Report of the Indian Hemp Drugs Commission, 1894-1895 - Volume IV
Year: 1894
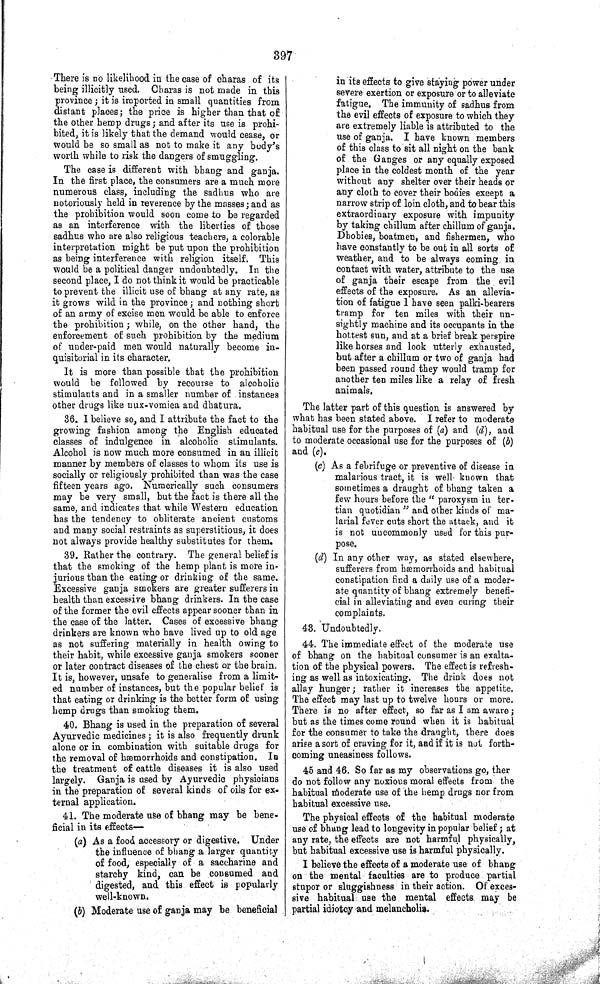
397
There is no likelihood in the case of charas of its
being illicitly used. Charas is not made in this
province; it is imported in small quantities from
distant places; the price is higher than that of
the other hemp drugs; and after its use is prohi-
bited, it is likely that the demand would cease, or
would be so small as not to make it any body's
worth while to risk the dangers of smuggling.
The case is different with bhang and ganja.
In the first place, the consumers are a much more
numerous class, including the sadhus who are
notoriously held in reverence by the masses; and as
the prohibition would soon come to be regarded
as an interference with the liberties of those
sadhus who are also religious teachers, a colorable
interpretation might be put upon the prohibition
as being interference with religion itself. This
would be a political danger undoubtedly. In the
second place, I do not think it would be practicable
to prevent the illicit use of bhang at any rate, as
it grows wild in the province; and nothing short
of an army of excise men would be able to enforce
the prohibition; while, on the other hand, the
enforcement of such prohibition by the medium
of under-paid men would naturally become in-
quisitorial in its character.
It is more than possible that the prohibition
would be followed by recourse to alcoholic
stimulants and in a smaller number of instances
other drugs like nux-vomica and dhatura.
36. I believe so, and I attribute the fact to the
growing fashion among the English educated
classes of indulgence in alcoholic stimulants.
Alcohol is now much more consumed in an illicit
manner by members of classes to whom its use is
socially or religiously prohibited than was the case
fifteen years ago. Numerically such consumers
may be very small, but the fact is there all the
same, and indicates that while Western education
has the tendency to obliterate ancient customs
and many social restraints as superstitious, it does
not always provide healthy substitutes for them.
39. Rather the contrary. The general belief is
that the smoking of the hemp plant is more in-
jurious than the eating or drinking of the same.
Excessive ganja smokers are greater sufferers in
health than excessive bhang drinkers. In the case
of the former the evil effects appear sooner than in
the case of the latter. Cases of excessive bhang
drinkers are known who have lived up to old age
as not suffering materially in health owing to
their habit, while excessive ganja smokers sooner
or later contract diseases of the chest or the brain.
It is, however, unsafe to generalise from a limit-
ed number of instances, but the popular belief is
that eating or drinking is the better form of using
hemp drugs than smoking them.
40. Bhang is used in the preparation of several
Ayurvedic medicines; it is also frequently drunk
alone or in combination with suitable drugs for
the removal of hæmorrhoids and constipation. In
the treatment of cattle diseases it is also used
largely. Ganja is used by Ayurvedic physicians
in the preparation of several kinds of oils for ex-
ternal application.
41. The moderate use of bhang may be bene-
ficial in its effects—
(a) As a food accessory or digestive. Under
the influence of bhang a larger quantity
of food, especially of a saccharine and
starchy kind, can be consumed and
digested, and this effect is popularly
well-known.
(b) Moderate use of ganja may be beneficial
in its effects to give staying power under
severe exertion or exposure or to alleviate
fatigue. The immunity of sadhus from
the evil effects of exposure to which they
are extremely liable is attributed to the
use of ganja. I have known members
of this class to sit all night on the bank
of the Ganges or any equally exposed
place in the coldest month of the year
without any shelter over their heads or
any cloth to cover their bodies except a
narrow strip of loin cloth, and to bear this
extraordinary exposure with impunity
by taking chillum after chillum of ganja.
Dhobies, boatmen, and fishermen, who
have constantly to be out in all sorts of
weather, and to be always coming in
contact with water, attribute to the use
of ganja their escape from the evil
effects of the exposure. As an allevia-
tion of fatigue I have seen palki-bearers
tramp for ten miles with their un-
sightly machine and its occupants in the
hottest sun, and at a brief break perspire
like horses and look utterly exhausted,
but after a chillum or two of ganja had
been passed round they would tramp for
another ten miles like a relay of fresh
animals.
The latter part of this question is answered by
what has been stated above. I refer to moderate
habitual use for the purposes of (a) and (d), and
to moderate occasional use for the purposes of (b)
and (c).
(c) As a febrifuge or preventive of disease in
malarious tract, it is well known that
sometimes a draught of bhang taken a
few hours before the "paroxysm in ter-
tian quotidian" and other kinds of ma-
larial fever cuts short the attack, and it
is not uncommonly used for this pur-
pose.
(d) In any other way, as stated elsewhere,
sufferers from hæmorrhoids and habitual
constipation find a daily use of a moder-
ate quantity of bhang extremely benefi-
cial in alleviating and even curing their
complaints.
43. Undoubtedly.
44. The immediate effect of the moderate use
of bhang on the habitual consumer is an exalta-
tion of the physical powers. The effect is refresh-
ing as well as intoxicating. The drink does not
allay hunger; rather it increases the appetite.
The effect may last up to twelve hours or more.
There is no after effect, so far as I am aware;
but as the times come round when it is habitual
for the consumer to take the draught, there does
arise a sort of craving for it, and if it is not forth-
coming uneasiness follows.
45 and 46. So far as my observations go, ther
do not follow any noxious moral effects from the
habitual moderate use of the hemp drugs nor from
habitual excessive use.
The physical effects of the habitual moderate
use of bhang lead to longevity in popular belief; at
any rate, the effects are not harmful physically,
but habitual excessive use is harmful physically.
I believe the effects of a moderate use: of bhang
on the mental faculties are to produce partial
stupor or sluggishness in their action. Of exces-
sive habitual use the mental effects may be
partial idiotcy and melancholia.